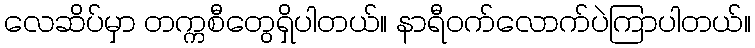
လေဆိပ်မှာ တက္ကစီတွေရှိပါတယ်။ နာရီဝက်လောက်ပဲကြာပါတယ်။